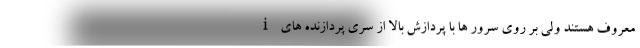
i معروف هستند ولی بر روی سرور ها با پردازش بالا از سری پردازنده های